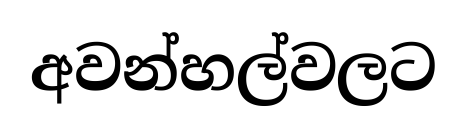
අවන්හල්වලට